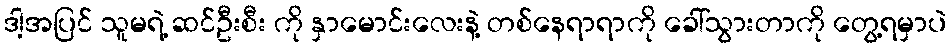
ဒါ့အပြင် သူမရဲ့ ဆင်ဦးစီး ကို နှာမောင်းလေးနဲ့ တစ်နေရာရာကို ခေါ်သွားတာကို တွေ့ရမှာပဲ